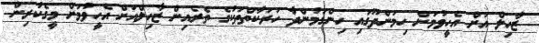
ޒާހިލް އަށް އެހީވުމަށް ހިމަންދޫގައި ހިންގަމުންދާ ހަރަކާތްތަކުގެ ތެރެއިން ޒާހިލްއަށް އެހީވުމަށް މީގެކުރިން